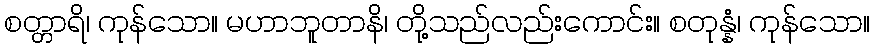
စတ္တာရိ၊ ကုန်သော။ မဟာဘူတာနိ၊ တို့သည်လည်းကောင်း။ စတုန္နံ၊ ကုန်သော။